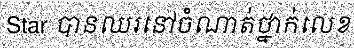
Star បានឈរនៅចំណាត់ថ្នាក់លេខ